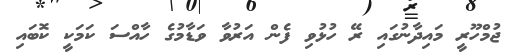
ޖުމްހޫރީ މައިދާނުގައި ރޭ ހުޅުވި ފެން އަރުވާ ވަޑާމުގެ ހާއްސަ ކަމަކީ ކޮބައި